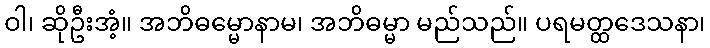
ဝါ၊ ဆိုဦးအံ့။ အဘိဓမ္မောနာမ၊ အဘိဓမ္မာ မည်သည်။ ပရမတ္ထဒေသနာ၊